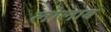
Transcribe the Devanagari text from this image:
लोलाब